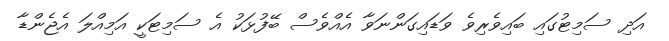
އަދި ސަމިޓުގައި ބައިވެރިވެ ވަޑައިގަންނަވާ އެއްވެސް ބޭފުޅަކު އެ ސަމިޓަކީ އަމިއްލަ އެޖެންޑާ